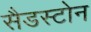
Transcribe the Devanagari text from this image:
सैडस्टोन